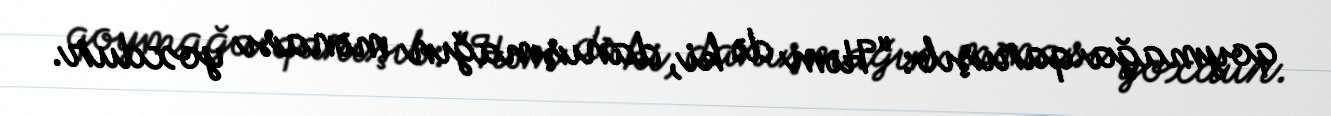
qoymağa qarışıb: “Həm də ki, danışmağın mənası yoxdur.